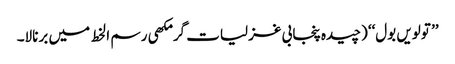
’’ تولویں بول‘‘ (چیدہ پنجابی غزلیات گرمکھی رسم ا لخط میں برنالا۔